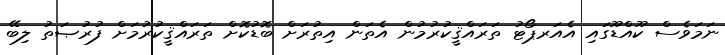
ނަމަވެސް ކޫއްޑޫގައި އެއަރޕޯޓު ތަރައްޤީކުރުމުން އެތަން އިތުރަށް ބޮޑުކޮށް ތަރައްޤީކުރުމަށް ފުރުޞަތު ލިބޭ